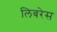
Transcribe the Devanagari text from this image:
लिबरेस